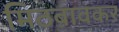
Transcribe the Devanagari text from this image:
मिठबावकर